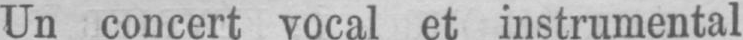
Un concert vocal et instrumental